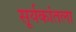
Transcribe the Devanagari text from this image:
सूर्यकांतला